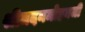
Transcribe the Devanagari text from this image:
श्रीमदनमोहनजी